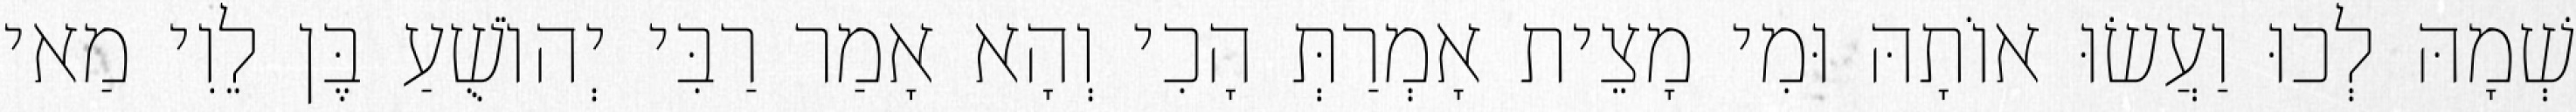
שְׁמָהּ לְכוּ וַעֲשׂוּ אוֹתָהּ וּמִי מָצֵית אָמְרַתְּ הָכִי וְהָא אָמַר רַבִּי יְהוֹשֻׁעַ בֶּן לֵוִי מַאי